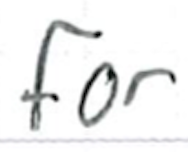
Text: for
Cross-out: clean
Writing tool: ballpoint